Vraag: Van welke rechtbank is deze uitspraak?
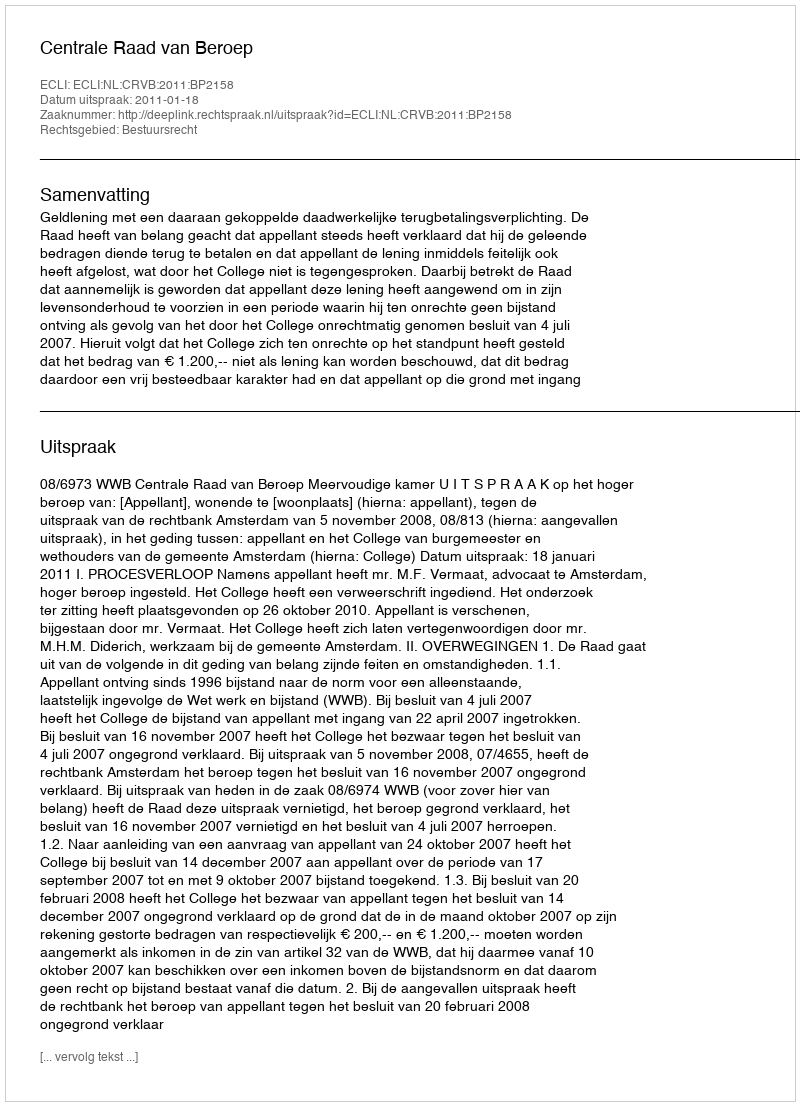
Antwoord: Centrale Raad van Beroep